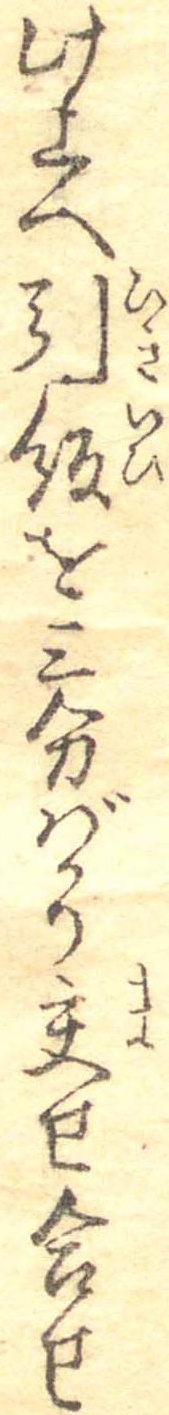
此上へ引飯を三分ばかり交せ合せ